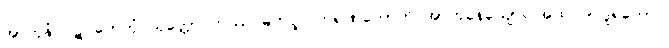
အာဟုနံ ပဋိဂ္ဂဟေတုံ ယုတ္တော တဿ မဟပ္ဖလကရဏတောတိ အာဟုနေယျော။ အထ ဝါ ဒူရတောပိ